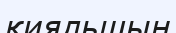
қияльшың